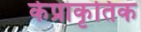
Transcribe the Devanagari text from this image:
केप्राकृतिक